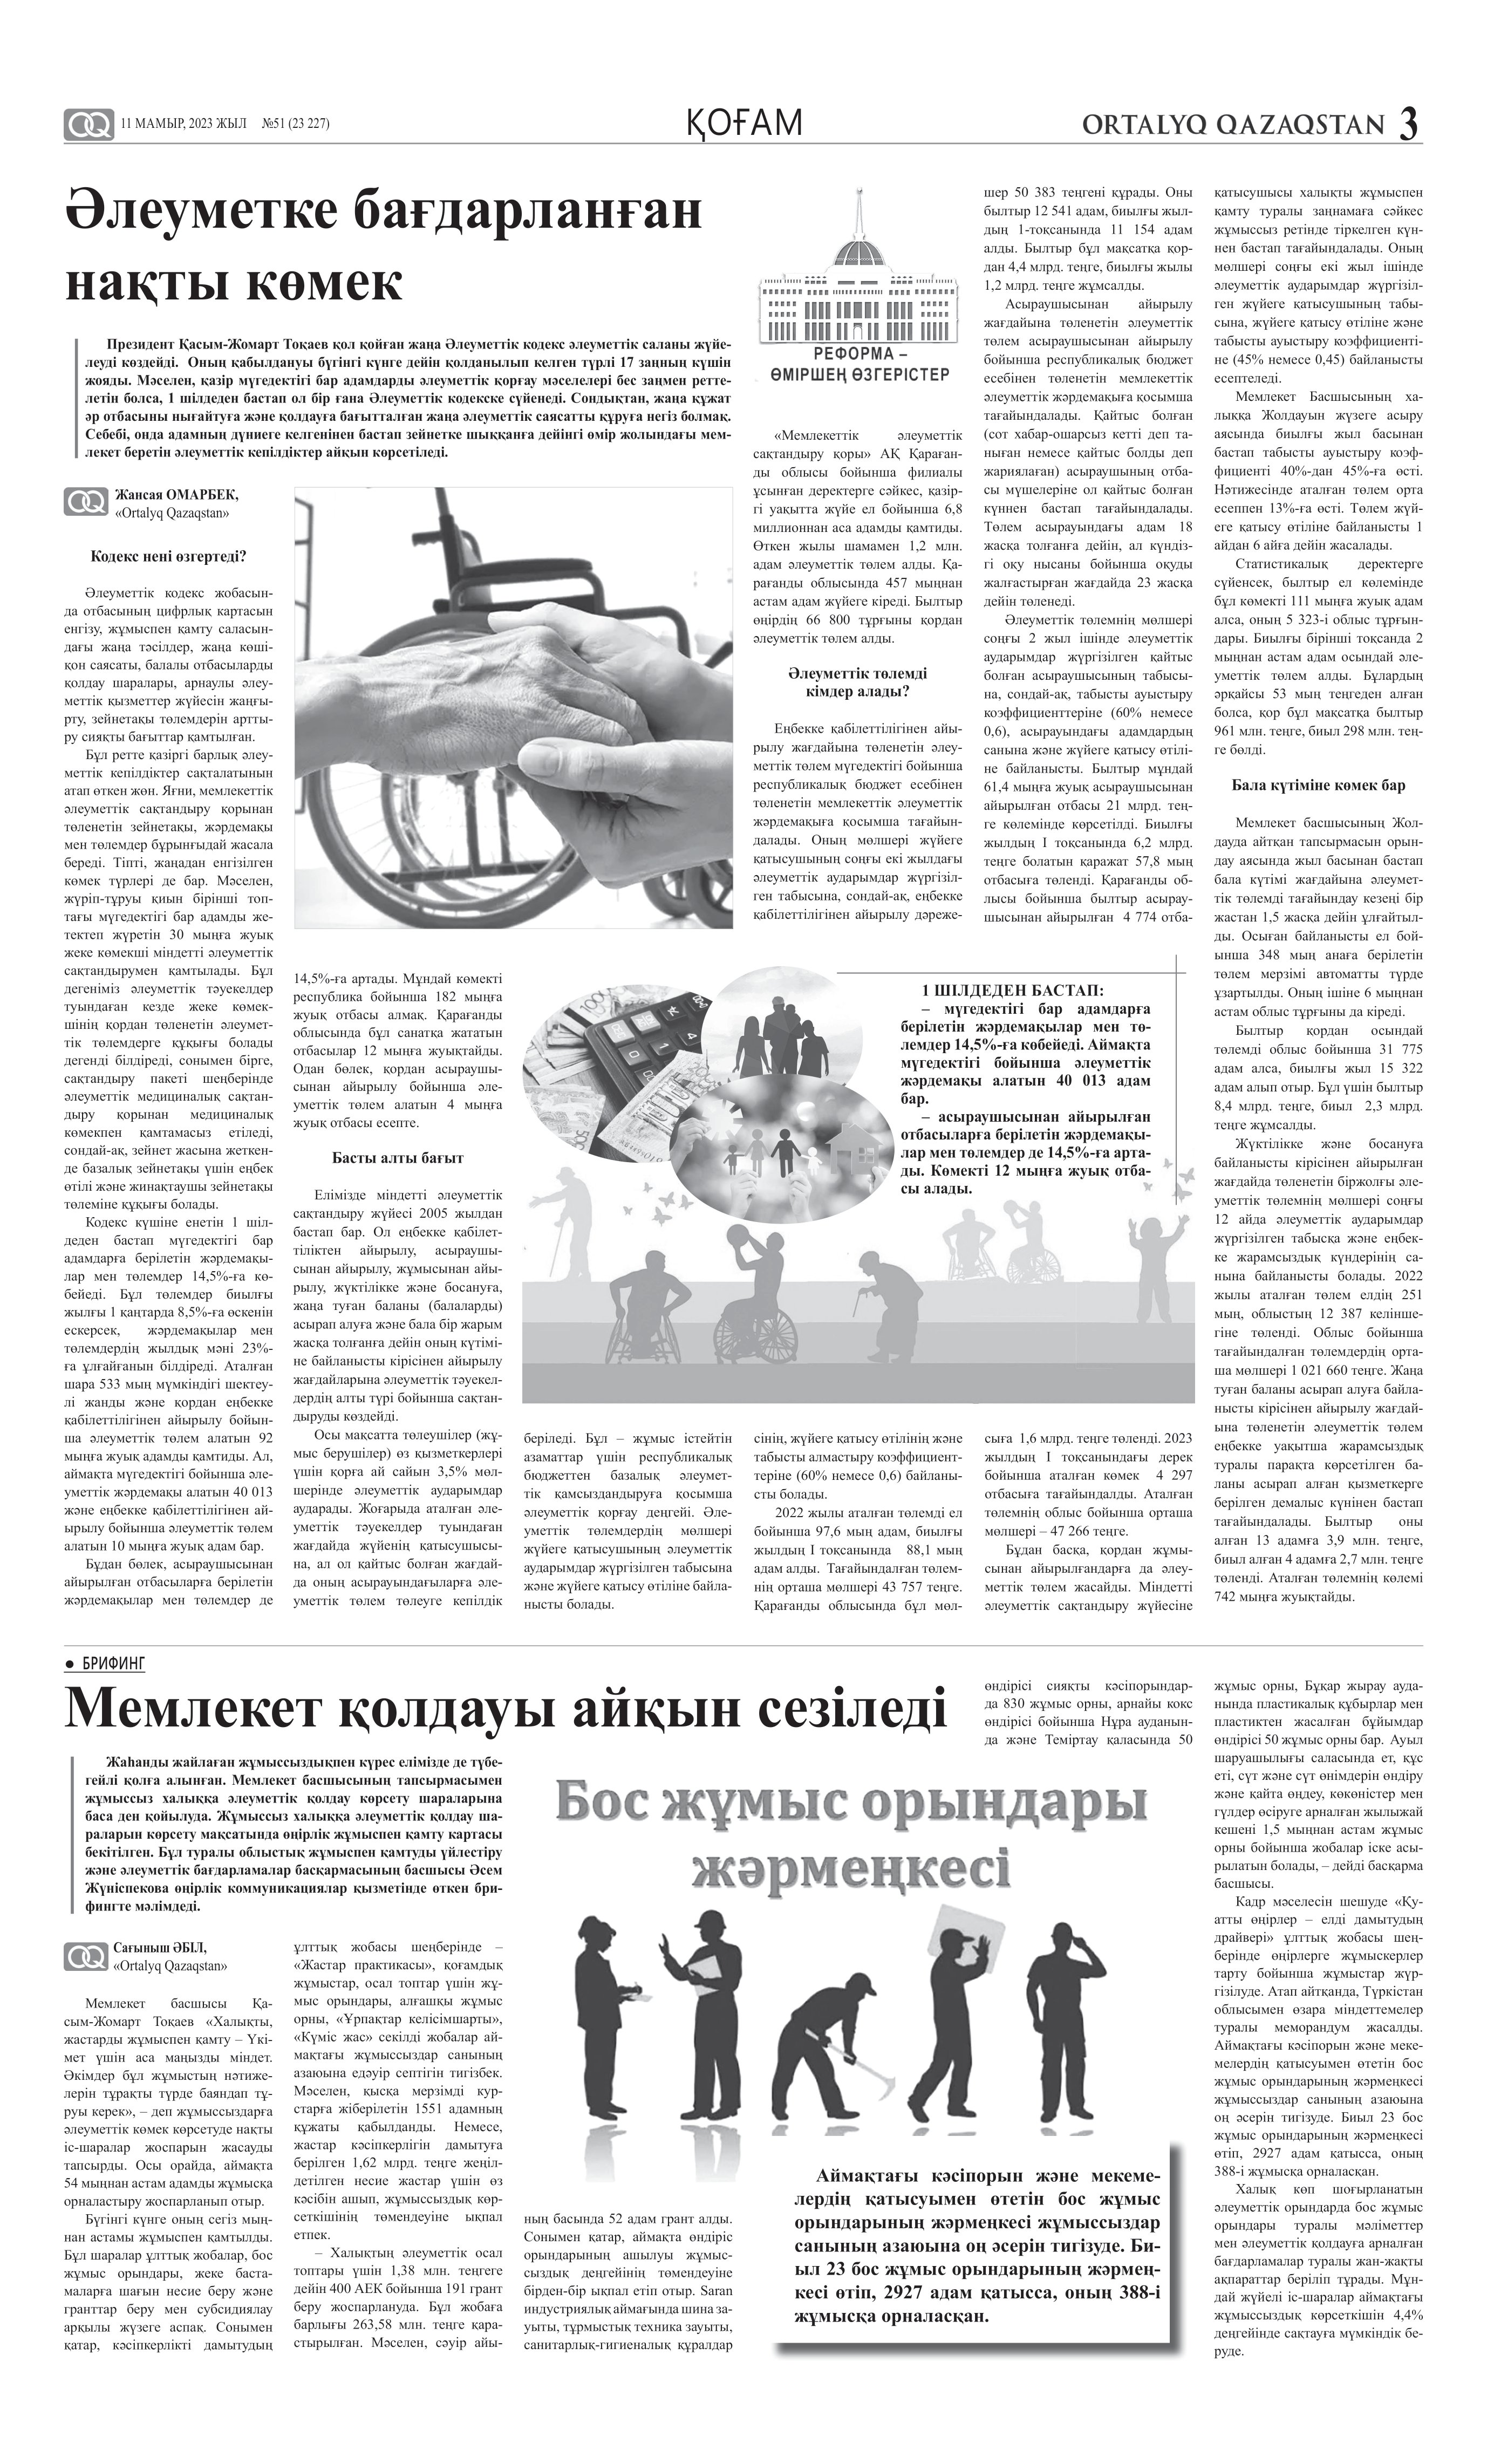
Language: kk